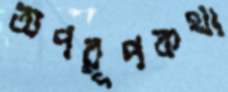
অপরূপকথা